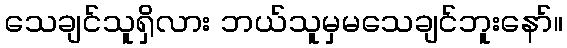
သေချင်သူရှိလား ဘယ်သူမှမသေချင်ဘူးနော်။